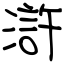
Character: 滸